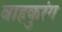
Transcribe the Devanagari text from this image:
वाहकुरंग